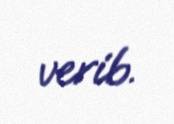
verib.